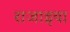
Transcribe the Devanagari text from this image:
राजाइया